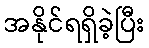
အနိုင်ရရှိခဲ့ပြီး